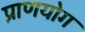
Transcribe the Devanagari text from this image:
प्राणयोग